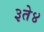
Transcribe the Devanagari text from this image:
३ते४